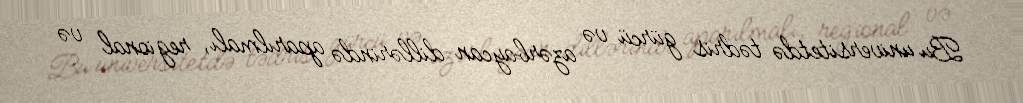
Bu universitetdə tədris gürcü və azərbaycan dillərində aparılmalı, regional və